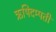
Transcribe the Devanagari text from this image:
ऋषिदम्पती